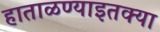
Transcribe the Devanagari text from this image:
हाताळण्याइतक्या